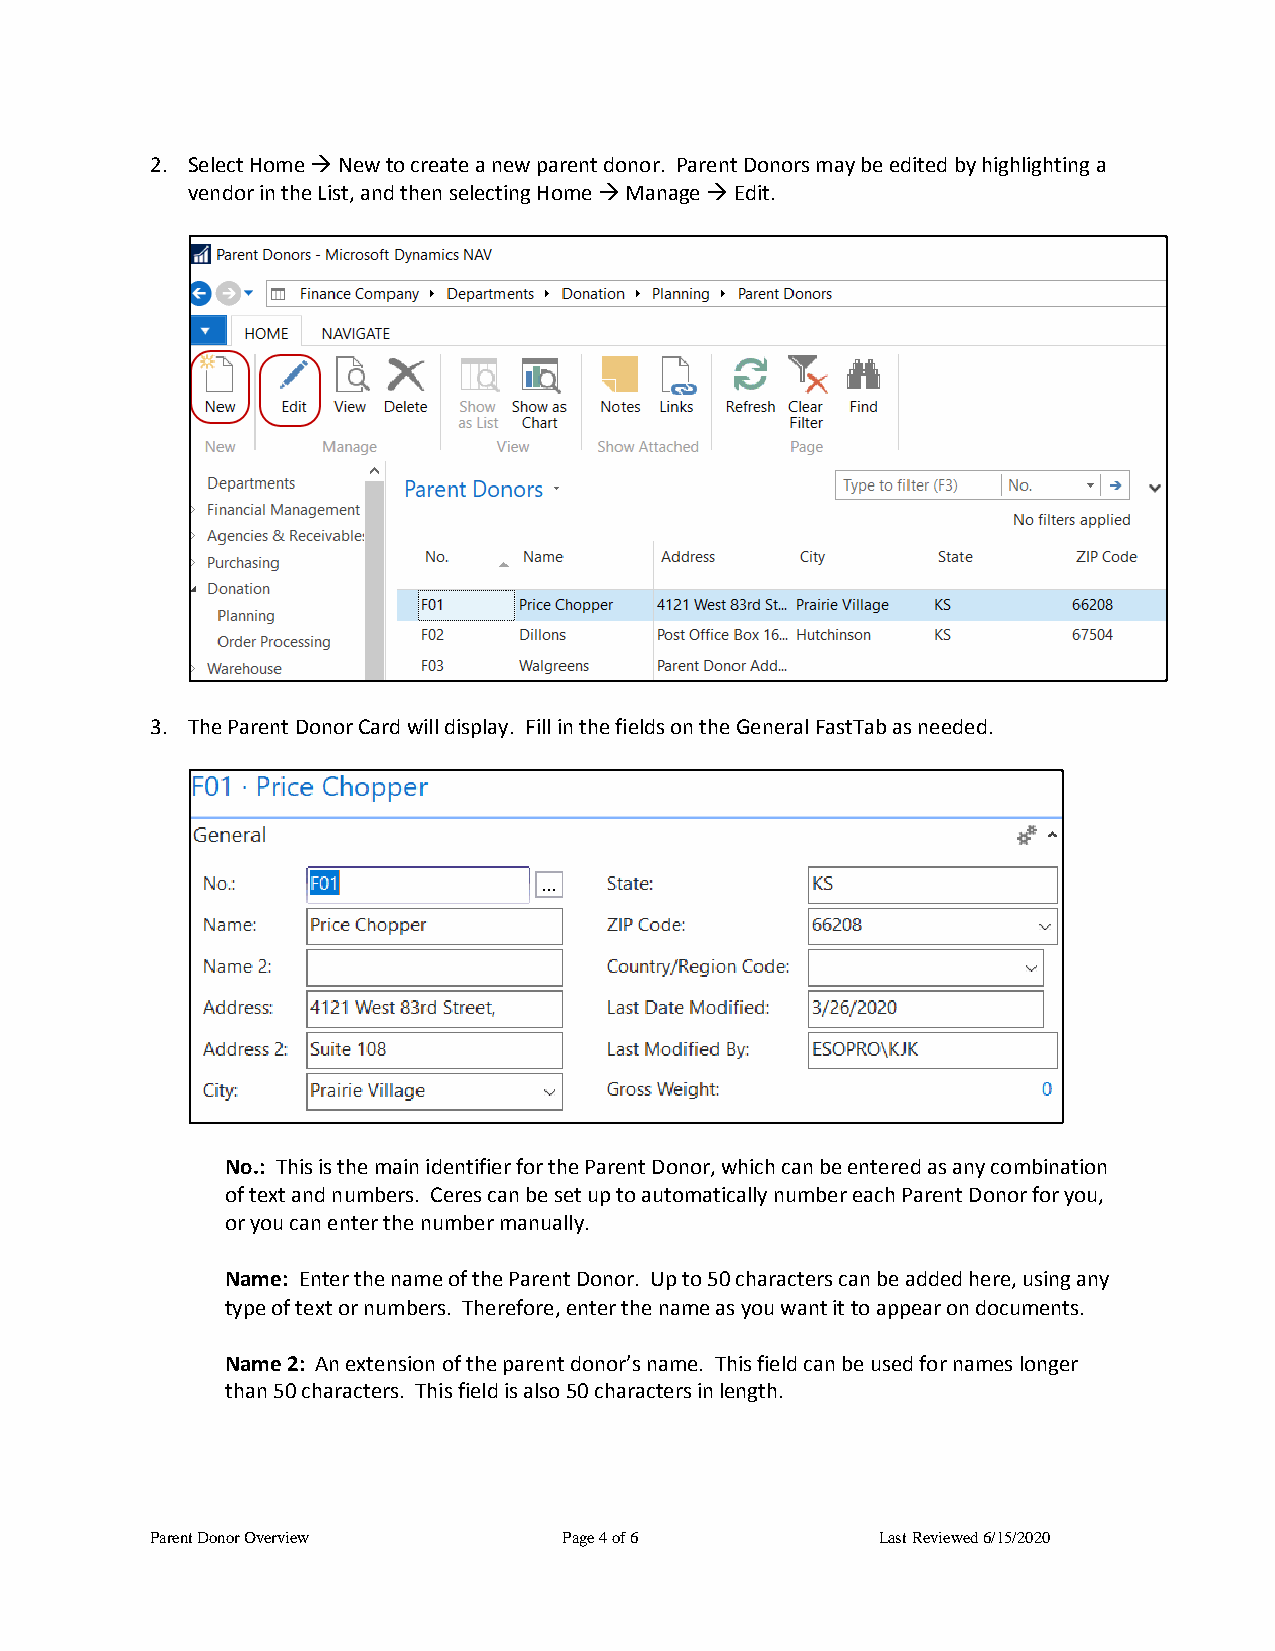
2. Select Home  New to create a new parent donor. Parent Donors may be edited by highlighting a
 vendor in the List, and then selecting Home  Manage  Edit.
 3. The Parent Donor Card will display. Fill in the fields on the General FastTab as needed.
 No.: This is the main identifier for the Parent Donor, which can be entered as any combination
 of text and numbers. Ceres can be set up to automatically number each Parent Donor for you,
 or you can enter the number manually.
 Name: Enter the name of the Parent Donor. Up to 50 characters can be added here, using any
 type of text or numbers. Therefore, enter the name as you want it to appear on documents.
 Name 2: An extension of the parent donor’s name. This field can be used for names longer
 than 50 characters. This field is also 50 characters in length.
 Parent Donor Overview      Page 4 of 6          Last Reviewed 6/15/2020